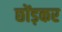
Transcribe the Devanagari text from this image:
छोंड़कर